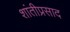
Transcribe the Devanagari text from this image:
शांतीप्रसाद